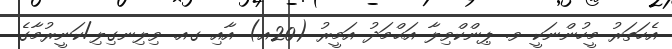
އެހަތަރު މީހުންނަކީ ވ. ޕިންކްވިލާ އަޙްމަދު އަމީރު (20އ) އާއި ގއ. ވިލިނގިލި/ކަނީރުމާގެ